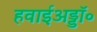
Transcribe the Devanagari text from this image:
हवाईअड्डॉ॰